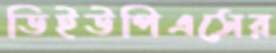
ডিইউপিএসের